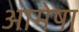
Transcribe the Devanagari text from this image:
आमेषा